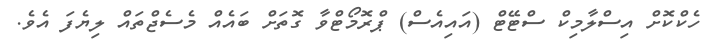
ހެކްކޮށް އިސްލާމިކް ސްޓޭޓް (އައިއެސް) ޕްރޮމޯޓްވާ ގޮތަށް ބައެއް މެސެޖްތައް ލިޔެފަ އެވެ.